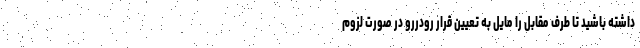
داشته باشید تا طرف مقابل را مایل به تعیین قرار رودررو در صورت لزوم